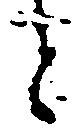
と